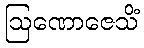
ဩဏောဇေသိံ